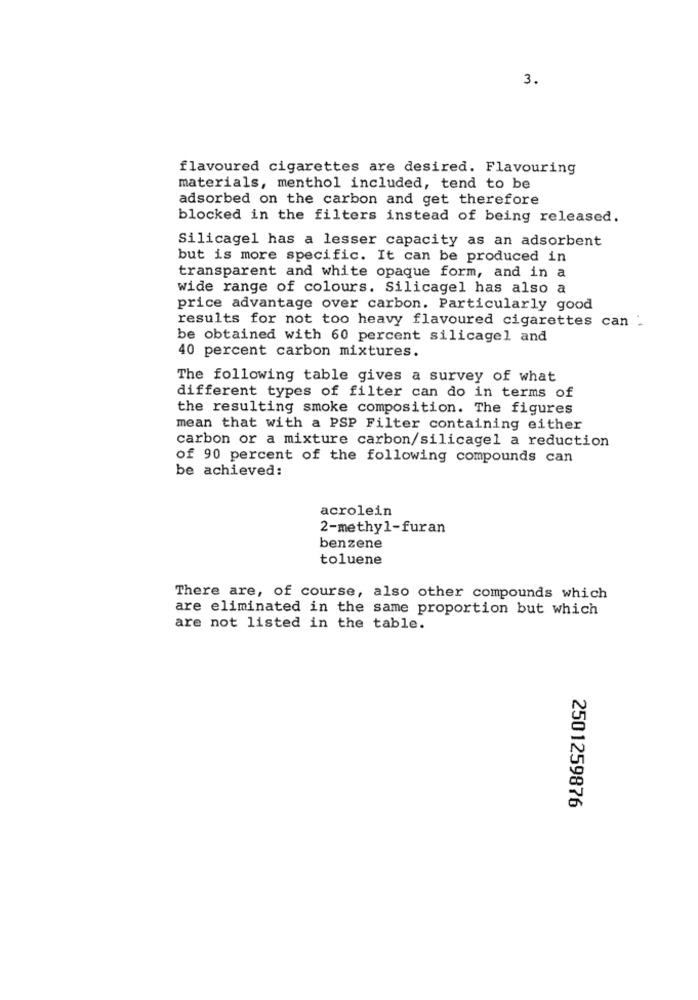
3.
flavoured cigarettes are desired. Flavouring
materials, menthol included, tend to be
adsorbed on the carbon and get therefore
blocked in the filters instead of being released.
Silicagel has a lesser capacity as an adsorbent
but is more specific. It can be produced in
transparent and white opaque form, and in a
wide range of colours. Silicagel has also a
price advantage over carbon. Particularly good
results for not too heavy flavoured cigarettes can -
be obtained with 60 percent silicagel and
40 percent carbon mixtures.
The following table gives a survey of what
different types of filter can do in terms of
the resulting smoke composition. The figures
mean that with a PSP Filter containing either
carbon or a mixture carbon/silicagel a reduction
of 90 percent of the following compounds can
be achieved:
acrolein
2-methyl-furan
benzene
toluene
There are, of course, also other compounds which
are eliminated in the same proportion but which
are not listed in the table.
2501259876